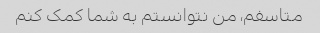
متاسفم، من نتوانستم به شما کمک کنم